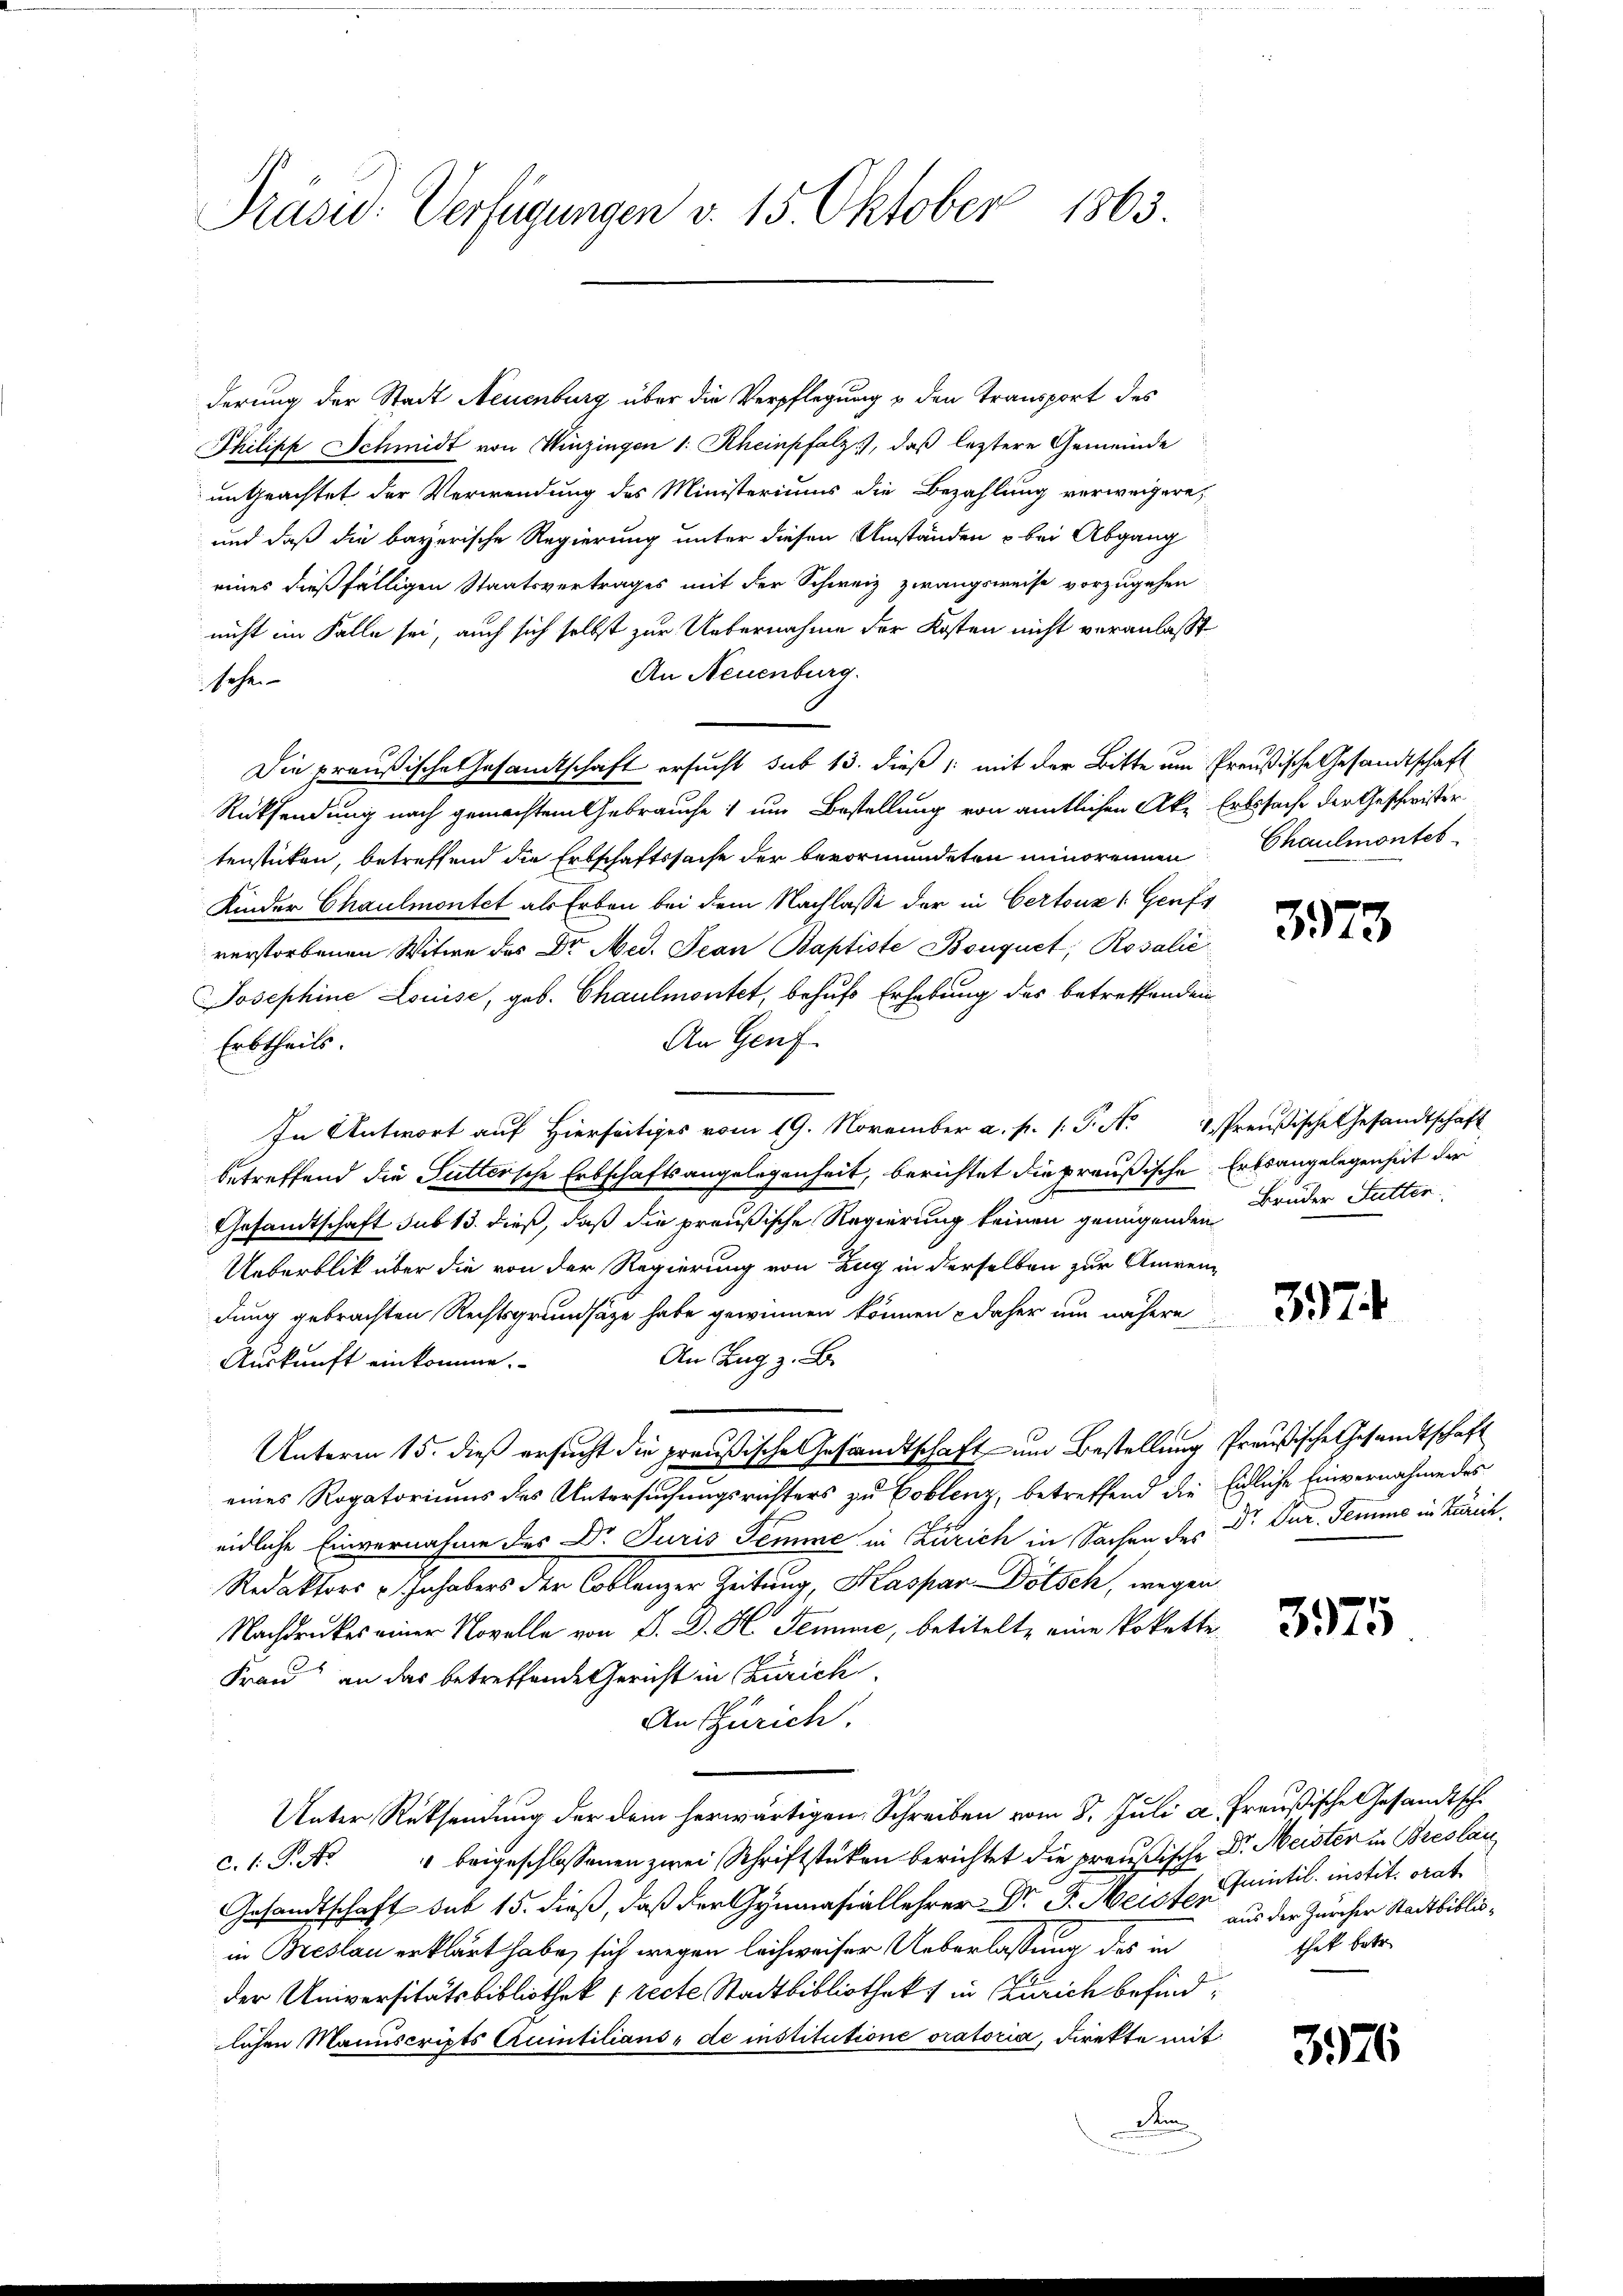
Präsid. Verfügungen v. 15. Oktober 1863.

derung der Stadt Neuenburg über die Verpflegung & den Transport des
Philipp Schmidt von Winzingen 1: Rheinpfalz), daß letztere Gemeinde
ungeachtet der Verwendung des Ministeriums die Bezahlung verweigere,
und daß die bayerische Regierung unter diesen Umständen & bei Abgang
eines dießfälligen Staatsvertrages mit der Schweiz zwangsweise vorzugehen
nicht im Falle sei, auch sich selbst zur Uebernahme der Kosten nicht veranlaßt
An Neuenburg.
sehe
Die preußische Gesandtschaft ersucht sub 13. dieß /: mit der Bitte um Preußische Gesandtschaft
Rücksendung nach gemachtem Gebrauche um Bestellung von amtlichen Ake Erbssache der Geschwister
tenstücken, betreffend die Erbschaftssache der bevormundeten minorennen
Kinder Chaulmontet als Erben bei dem Nachlasse der in Certouz (Genfs
verstorbenen Witwe des Dr Med. Jean Baptiste Bouquet, Rosalić
Josephine Louise, geb. Chaulmontet, behufs Erhebung des betreffenden
An Genf
Erbtheils.
In Antwort auf Hierseitiges vom 19. November a. p. 1. P. N. 11. Preußische Gesandtschaft
betreffend die Futtersche Erbschaftsangelegenheit, berichtet die preußische Ertsangelegenheit der
Gesandtschaft sub 13. dieß, daß die preußische Regierung keinen genügenden Bruder Futter
Ueberblick über die von der Regierung von Zug in derselben zur Anwendung gebrachten Rechtsgrundsätze habe gewinnen können daher um nähere
An Zug z. B.
Auskunft einkomme.
Unterm 15. dieß ersucht die preußische Gesandtschaft um Bestellung Preußische Gesandtschaft
eines Rogatoriums des Untersuchungsrichters zu Coblenz, betreffend die Endliche Einvernahme des
eidliche Einvernahme des Dr Juris Temme in Zürich in Sachen des Dr. Dur. Semme in Zürich,
Redaktors u. Inhabers der Coblenzer Zeitung, Kaspar Dötsch, wegen
Nachdruckes einer Novelle von P. D. H. Seminie, betitelte eine Pokette¬
Frau an das betreffende Gericht in Zürich
An Zürich.
Unter Rücksendung der dem herwärtigen Schreiben vom 8. Juli a Preußische Gesandtsche
c. s. S. N. " beigeschlossenen zwei Schriftstücken berichtet die preußische Dr. Meister in Breslau
Gesandtschaft sub 15. dieß, daß der Gymnasiallehrer Dr. J. Meister Kritil. instit. orat
in Breslau erklärt habe, sich wegen leichweiser Ueberlassung des in
der Universitätsbibliothek (recte Stadtbibliothek in Zürich befindlichen Manuscripts Quintilians, de institutione oratoria, direkte mit
Dem

Chaulmontes

3373

3974

375

aus der Zürcher Stadtbibliothek betr.

3976